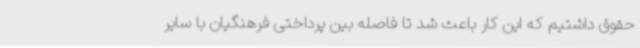
حقوق داشتیم که این کار باعث شد تا فاصله بین پرداختی فرهنگیان با سایر